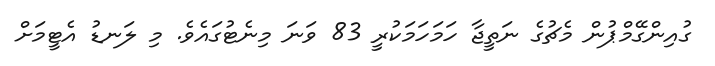
ގުއިންގޭމްޕުން މެޗުގެ ނަތީޖާ ހަމަހަމަކުރީ 83 ވަނަ މިނެޓުގައެވެ. މި ލަނޑު އެޓީމަށް